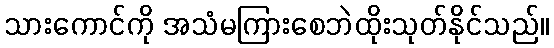
သားကောင်ကို အသံမကြားစေဘဲထိုးသုတ်နိုင်သည်။